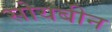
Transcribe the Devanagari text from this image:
सोयबीन